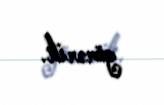
görərik.